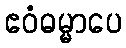
ဧဝံဓမ္မာပေ